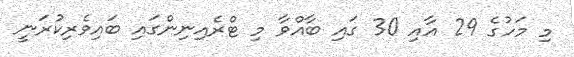
މި މަހުގެ 29 އާއި 30 ގައި ބާއްވާ މި ޓްރެއިނިންގައި ބައިވެރިކުރަނީ